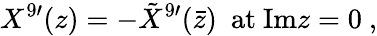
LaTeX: X^{9\prime}(z)=-{\tilde{X}}^{9\prime}(\bar{z})\ \ \mathrm{at\ Im}z=0\ ,